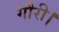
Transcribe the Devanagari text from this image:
गौरी।